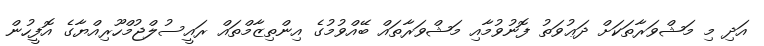
އަދި މި މަޝްވަރާތަކަށް ދަޢުވަތު ފޮނުވުމާއި މަޝްވަރާތައް ބޭއްވުމުގެ އިންތިޒާމްތައް ރައީސުލްޖުމްހޫރިއްޔާގެ އޮފީހުން